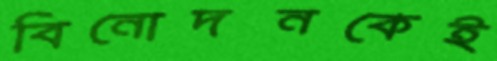
বিনোদনকেই